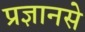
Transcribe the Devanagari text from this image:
प्रज्ञानसे